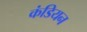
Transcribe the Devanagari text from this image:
कंडियन